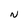
Character: N